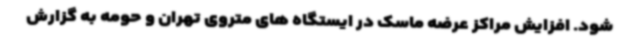
شود. افزایش مراکز عرضه ماسک در ایستگاه های متروی تهران و حومه به گزارش